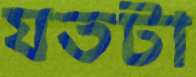
যতটা